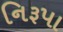
નિરૂપા